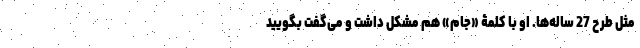
مثل طرح 27 ساله‌ها. او با کلمۀ «جام» هم مشکل داشت و می‌گفت بگویید